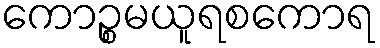
ကောဉ္စမယူရစကောရ